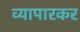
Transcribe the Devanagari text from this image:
व्यापारकर